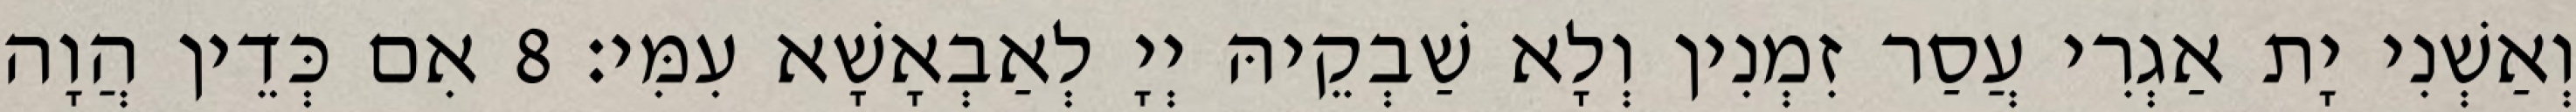
וְאַשְׁנִי יָת אַגְרִי עֲסַר זִמְנִין וְלָא שַׁבְקֵיהּ יְיָ לְאַבְאָשָׁא עִמִּי׃ 8 אִם כְּדֵין הֲוָה